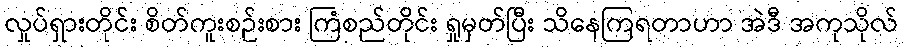
လှုပ်ရှားတိုင်း စိတ်ကူးစဉ်းစား ကြံစည်တိုင်း ရှုမှတ်ပြီး သိနေကြရတာဟာ အဲဒီ အကုသိုလ်